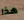
هذا